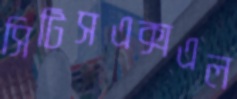
সিটিসএক্সএল